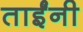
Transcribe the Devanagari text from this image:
ताईंनी